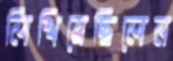
লিখিয়েছিলেন